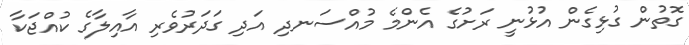
ގޮތުން ގުޅިގެން އުޅުނީ ރަށުގެ އެންމެ މުއްސަނދި އަދި ގަދަރުވެރި އާއިލާގެ ކުއްޖަކާ